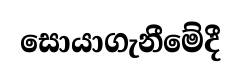
සොයාගැනීමේදී